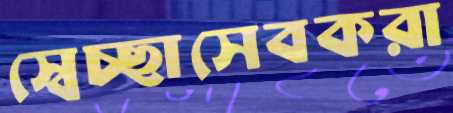
স্বেচ্ছাসেবকরা